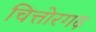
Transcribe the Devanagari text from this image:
चित्तोरगढ़